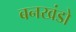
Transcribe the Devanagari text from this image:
बनखंडो